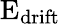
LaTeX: \mathrm{E_{drift}}